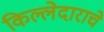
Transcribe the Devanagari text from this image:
किल्लेदाराचे